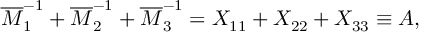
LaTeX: \overline { { { M } } } _ { 1 } ^ { - 1 } + \overline { { { M } } } _ { 2 } ^ { - 1 } + \overline { { { M } } } _ { 3 } ^ { - 1 } = X _ { 1 1 } + X _ { 2 2 } + X _ { 3 3 } \equiv A ,